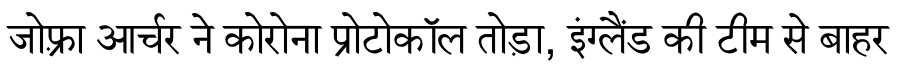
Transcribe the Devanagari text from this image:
जोफ़्रा आर्चर ने कोरोना प्रोटोकॉल तोड़ा, इंग्लैंड की टीम से बाहर